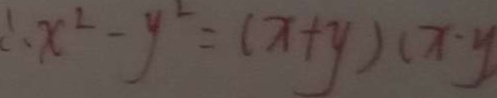
\therefore x ^ { 2 } - y ^ { 2 } = ( x + y ) ( x - y